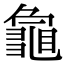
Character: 𮯞